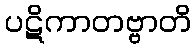
ပဋိကာတဗ္ဗာတိ